画像に写った文字を読んでください
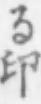
「る印」と書いてあります